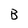
Character: B